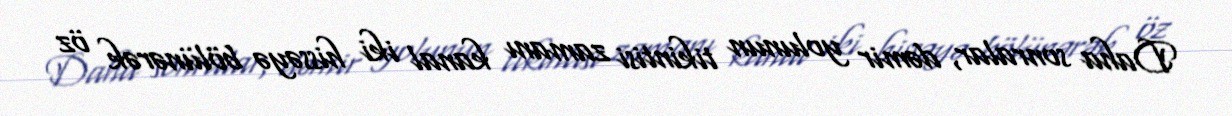
Daha sonralar, dəmir yolunun tikintisi zamanı kanal iki hissəyə bölünərək öz